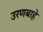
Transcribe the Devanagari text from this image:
उरणबाहे